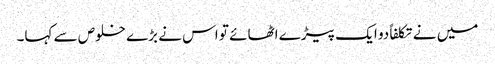
میں نے تکلفاً دو ایک پیڑے اٹھائے تو اس نے بڑے خلوص سے کہا۔